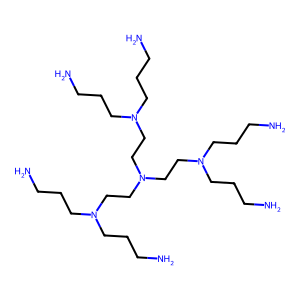
SMILES: NCCCN(CCCN)CCN(CCN(CCCN)CCCN)CCN(CCCN)CCCN
Inhibits HIV replication: No